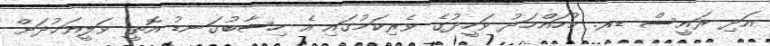
އަދި ރައީސް ޑރ. މުހައްމަދު ވަހީދުގެ ވެރިކަމުގައި އެ ހިސާބުގަނޑު އޮތީ ވަލީއަޚުދަށް